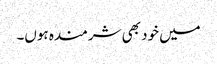
میں خود بھی شرمندہ ہوں۔